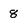
Character: 8